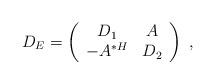
LaTeX: \begin{align*} D_E = \left(\begin{array}{cc} D_1 & A \\ -A^{\ast H} & D_2 \end{array}\right)\ ,\end{align*}